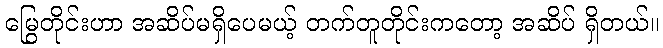
မြွေတိုင်းဟာ အဆိပ်မရှိပေမယ့် တက်တူတိုင်းကတော့ အဆိပ် ရှိတယ်။